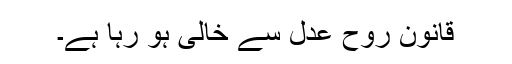
قانون روحِ عدل سے خالی ہو رہا ہے۔